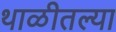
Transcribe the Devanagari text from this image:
थाळीतल्या